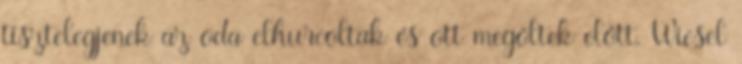
tisztelegjenek az oda elhurcoltak és ott megöltek előtt. Wiesel